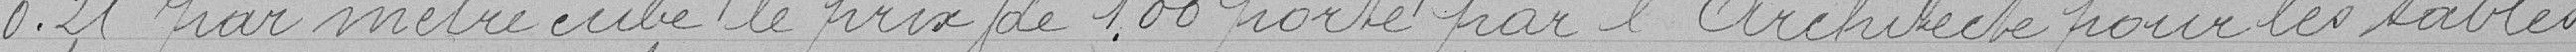
0.21francs par mètre cube le prix de 1.00 franc porté par l'Architecte pour les sables